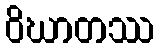
ဝိဃာတဿ